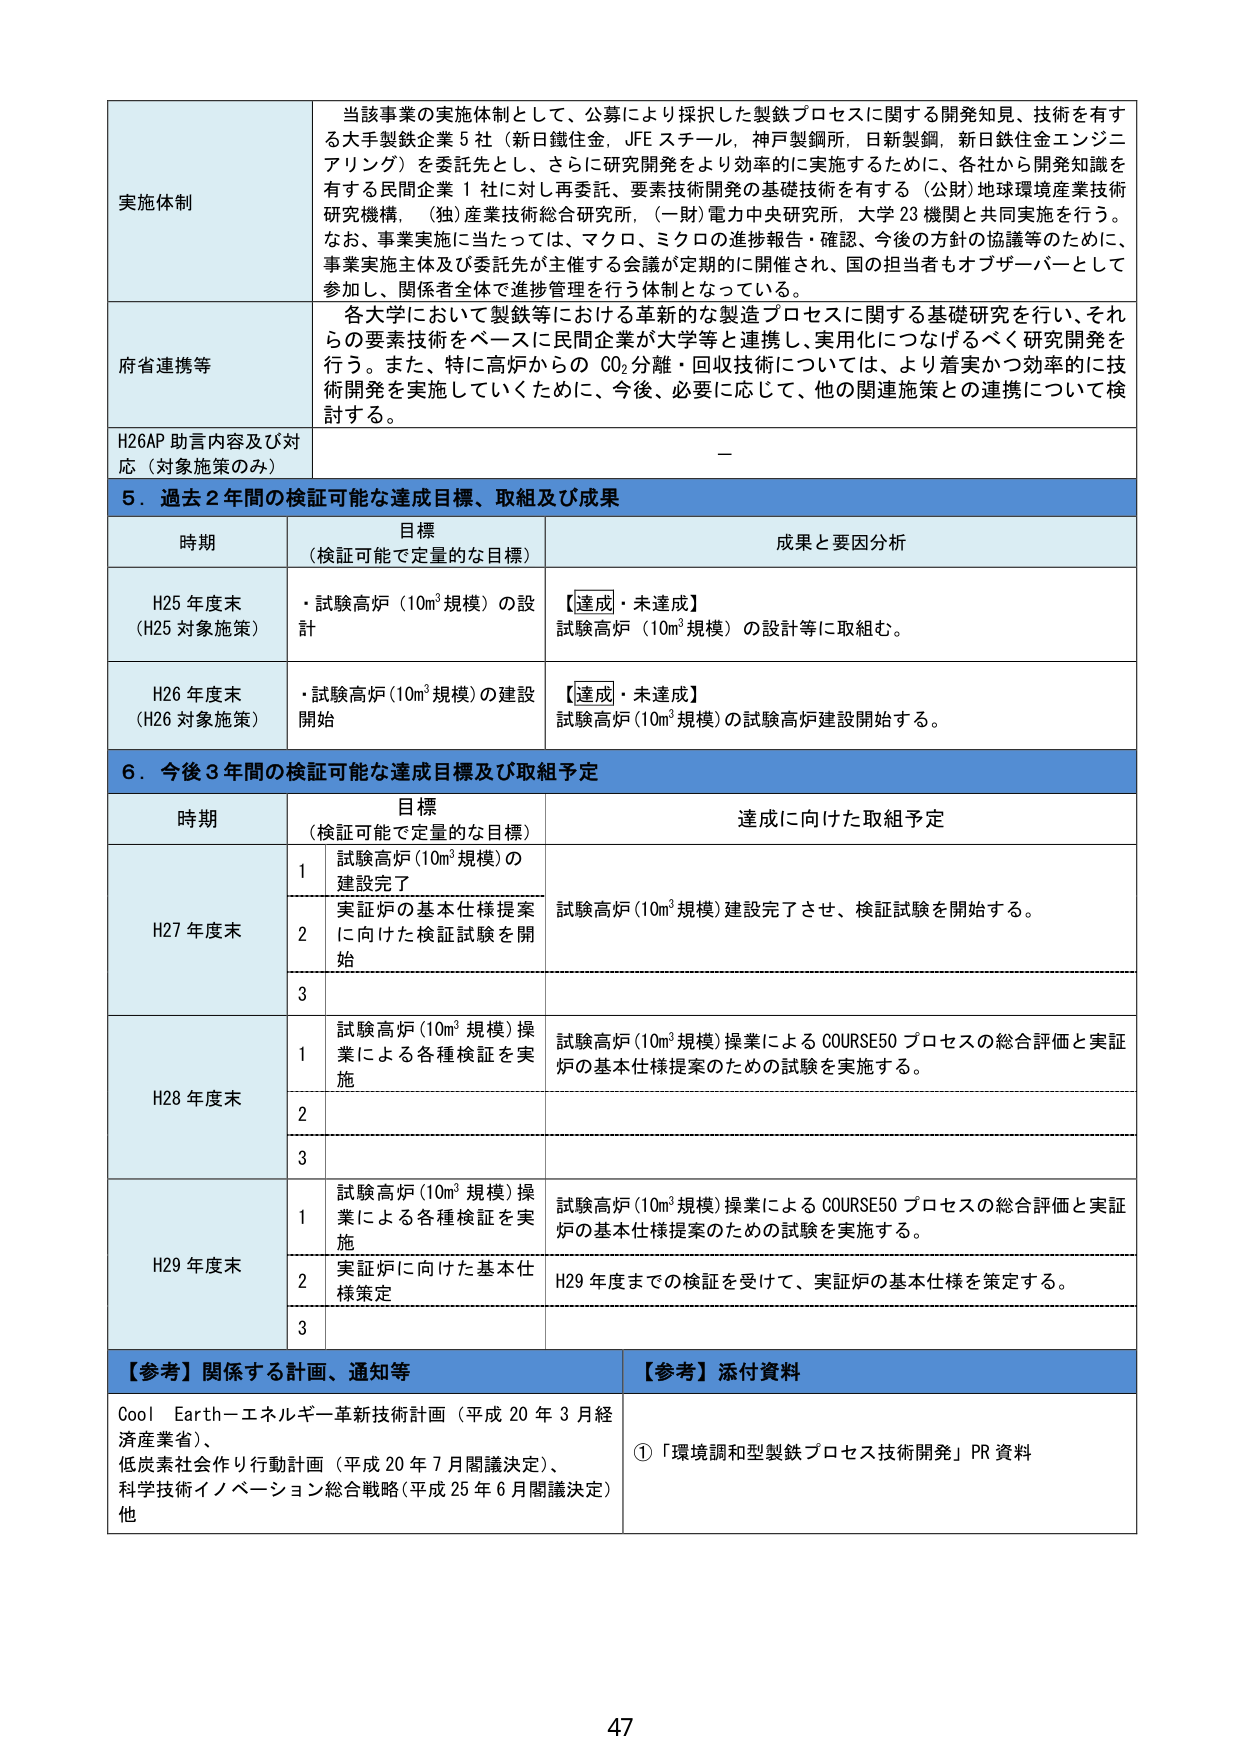
実施体制
当該事業の実施体制として、公募により採択した製鉄プロセスに関する開発知見、技術を有する大手製鉄企業５社（新日鐵住金，JFE スチール，神戸製鋼所，日新製鋼，新日鉄住金エンジニアリング）を委託先とし、さらに研究開発をより効率的に実施するために、各社から開発知識を有する民間企業１社に対し再委託、要素技術開発の基礎技術を有する（公財）地球環境産業技術研究機構，（独）産業技術総合研究所，（一財）電力中央研究所，大学23機関と共同実施を行う。なお、事業実施に当たっては、マクロ、ミクロの進捗報告・確認、今後の方針の協議等のために、事業実施主体及び委託先が主催する会議が定期的に開催され、国の担当者もオブザーバーとして参加し、関係者全体で進捗管理を行う体制となっている。

府省連携等
各大学において製鉄等における革新的な製造プロセスに関する基礎研究を行い、それらの要素技術をベースに民間企業が大学等と連携し、実用化につなげるべく研究開発を行う。また、特に高炉からの CO₂分離・回収技術については、より着実かつ効率的に技術開発を実施していくために、今後、必要に応じて、他の関連施策との連携について検討する。

H26AP 助言内容及び対応（対象施策のみ）
－

５．過去２年間の検証可能な達成目標、取組及び成果
時期
目標（検証可能で定量的な目標）
成果と要因分析
H25 年度末（H25 対象施策）
・試験高炉（10m³ 規模）の設計
【達成・未達成】試験高炉（10m³ 規模）の設計等に取組む。
H26 年度末（H26 対象施策）
・試験高炉（10m³ 規模）の建設開始
【達成・未達成】試験高炉（10m³ 規模）の試験高炉建設開始する。

６．今後３年間の検証可能な達成目標及び取組予定
時期
目標（検証可能で定量的な目標）
達成に向けた取組予定
H27 年度末
1 試験高炉（10m³ 規模）の建設完了
試験高炉（10m³ 規模）建設完了させ、検証試験を開始する。
2 実証炉の基本仕様提案に向けた検証試験を開始
3
H28 年度末
1 試験高炉（10m³ 規模）操業による各種検証を実施
試験高炉（10m³ 規模）操業による COURSE50 プロセスの総合評価と実証炉の基本仕様提案のための試験を実施する。
2
3
H29 年度末
1 試験高炉（10m³ 規模）操業による各種検証を実施
試験高炉（10m³ 規模）操業による COURSE50 プロセスの総合評価と実証炉の基本仕様提案のための試験を実施する。
2 実証炉に向けた基本仕様策定
H29 年度までの検証を受けて、実証炉の基本仕様を策定する。
3

【参考】関係する計画、通知等
Cool Earth－エネルギー革新技術計画（平成20年3月経済産業省）、低炭素社会作り行動計画（平成20年7月閣議決定）、科学技術イノベーション総合戦略（平成25年6月閣議決定）他

【参考】添付資料
①「環境調和型製鉄プロセス技術開発」PR 資料

47